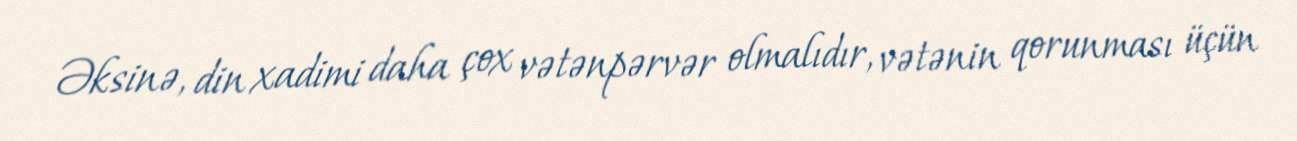
Əksinə, din xadimi daha çox vətənpərvər olmalıdır, vətənin qorunması üçün